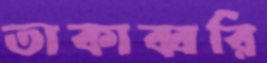
তাকাব্বরি